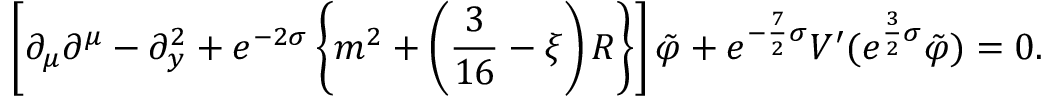
\left[ \partial _ { \mu } \partial ^ { \mu } - \partial _ { y } ^ { 2 } + e ^ { - 2 \sigma } \left\{ m ^ { 2 } + \left( \frac { 3 } { 1 6 } - \xi \right) R \right\} \right] \tilde { \varphi } + e ^ { - \frac { 7 } { 2 } \sigma } V ^ { \prime } ( e ^ { \frac { 3 } { 2 } \sigma } \tilde { \varphi } ) = 0 .